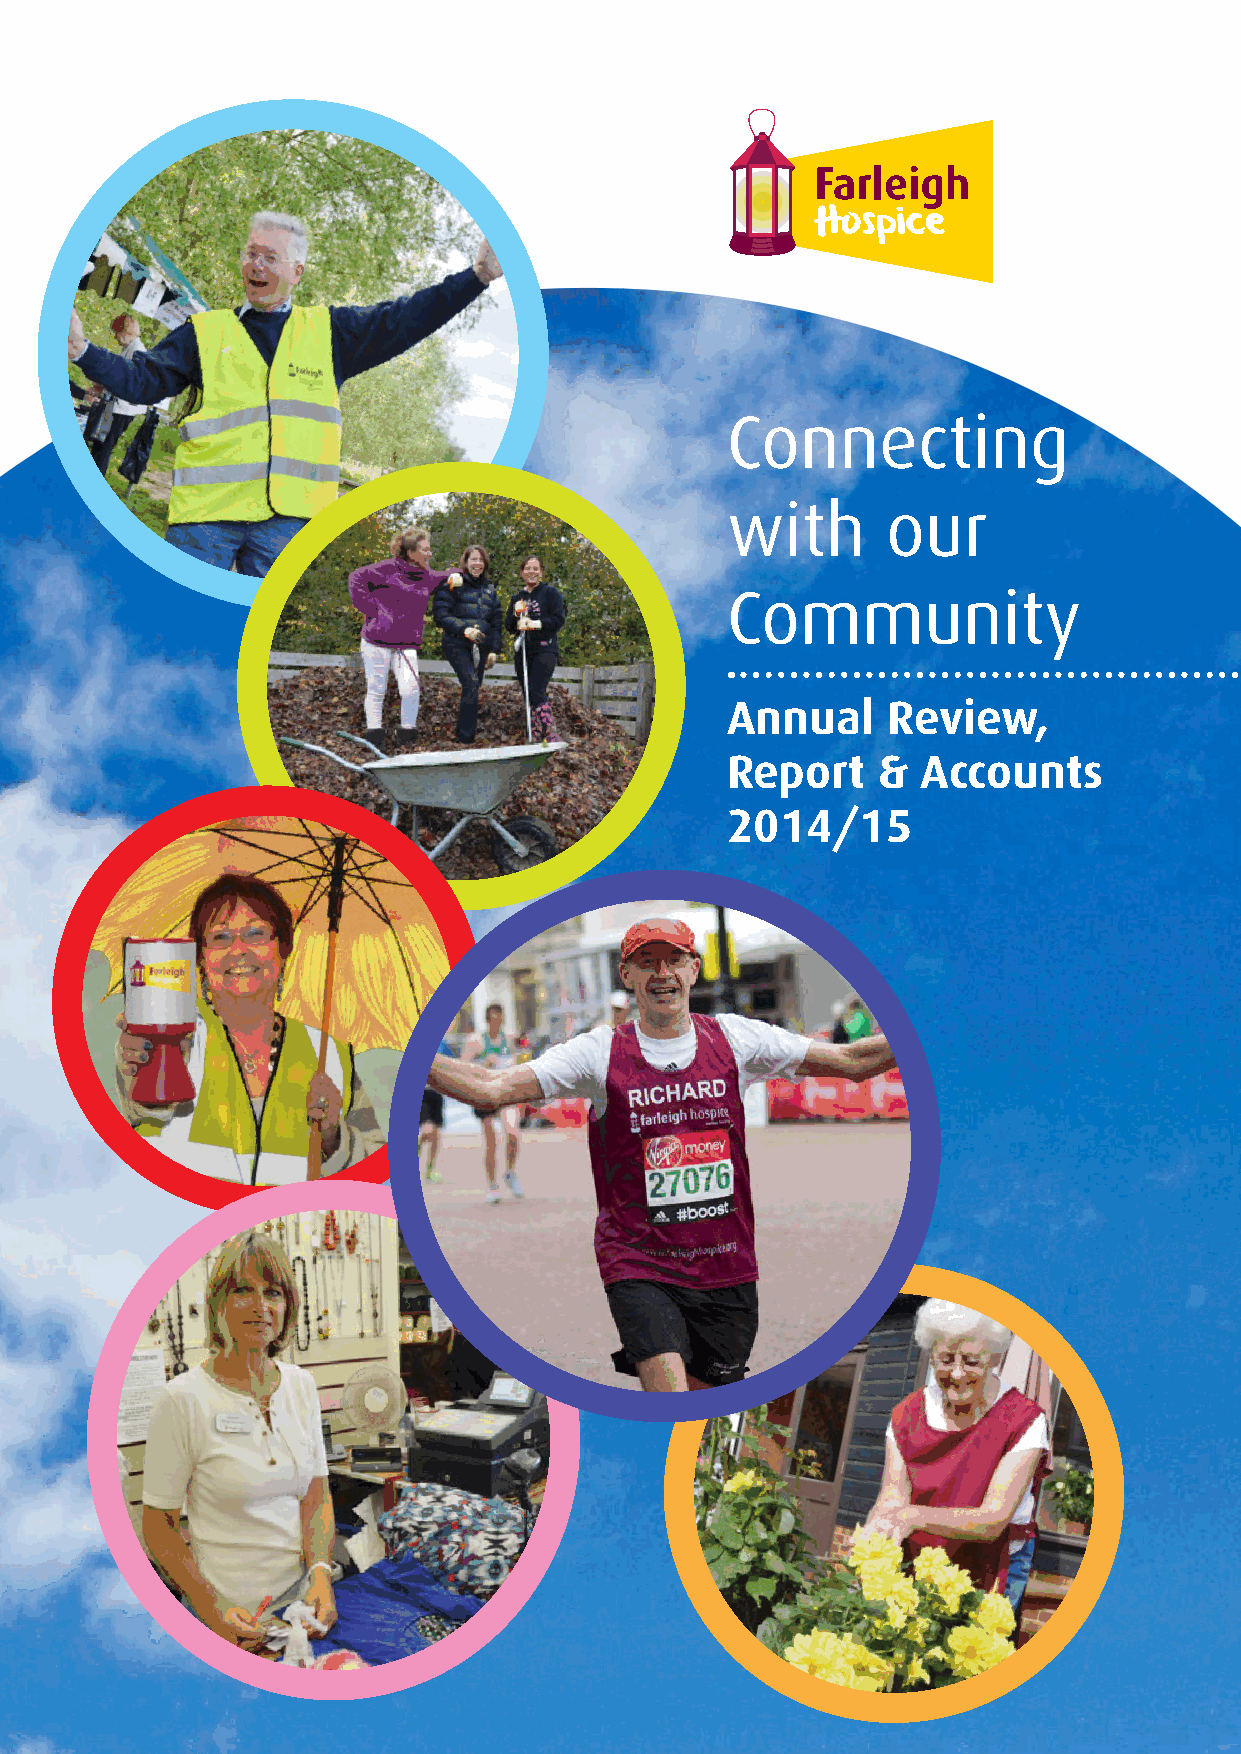
Connecting
 with       our
 Community
 Annual     Review,
 Report    &  Accounts
 2014/15